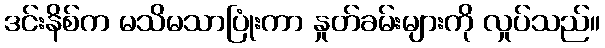
ဒင်းနိစ်က မသိမသာပြုံးကာ နှုတ်ခမ်းများကို လှုပ်သည်။